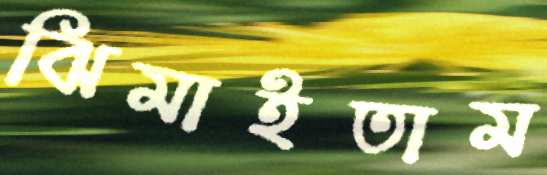
ঝিমাইতাম